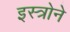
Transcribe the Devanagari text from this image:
इस्त्रोने